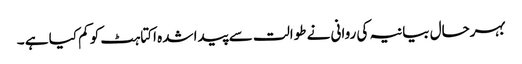
بہرحال بیانیہ کی روانی نے طوالت سے پیدا شدہ اکتاہٹ کو کم کیا ہے ۔